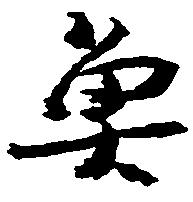
魚